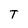
Character: T